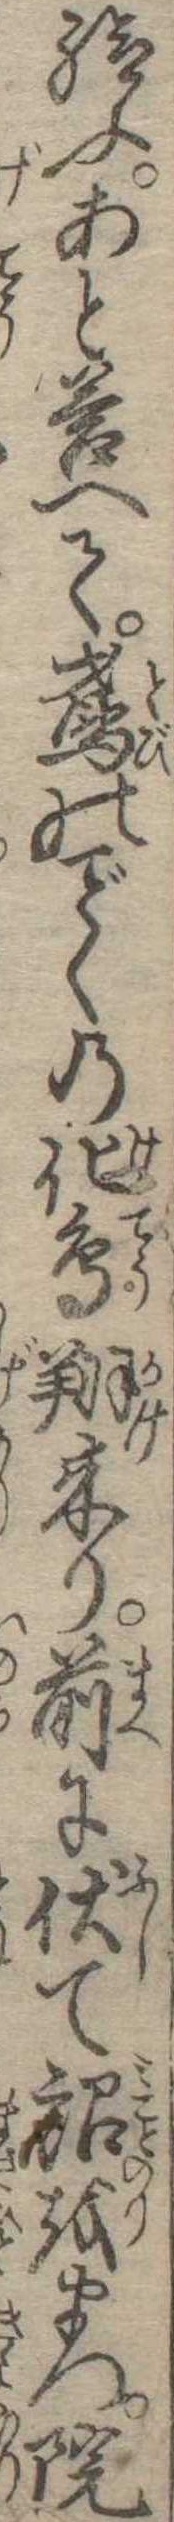
給ふあと答へて鳶のくの化鳥翔来り前に伏て詔をまつ院